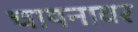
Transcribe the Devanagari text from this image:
चायनावर